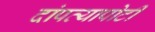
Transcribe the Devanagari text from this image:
दांपत्यापोटी